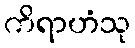
ကိရာဟံသု